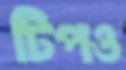
টিপও